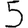
Digit: 5